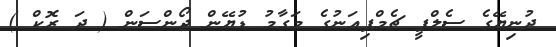
ދުނިޔޭގެ ސެލްފީ ޗެމްޕިއަނުގެ މަގާމު ޑުޔޭން ޖޯންސަން ( ދަ ރޮކް )